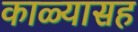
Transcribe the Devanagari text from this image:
काळ्यासह